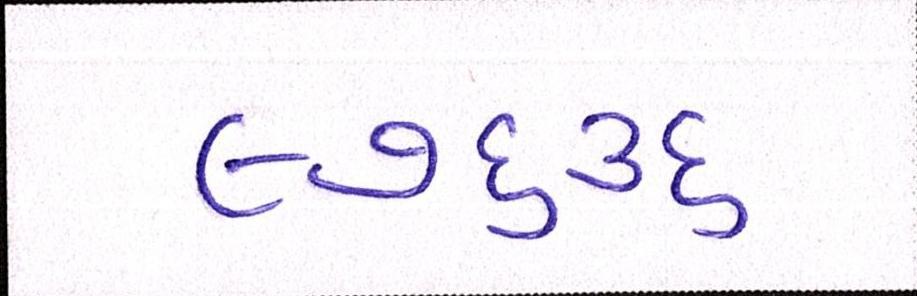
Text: ૯૭૬૩૬